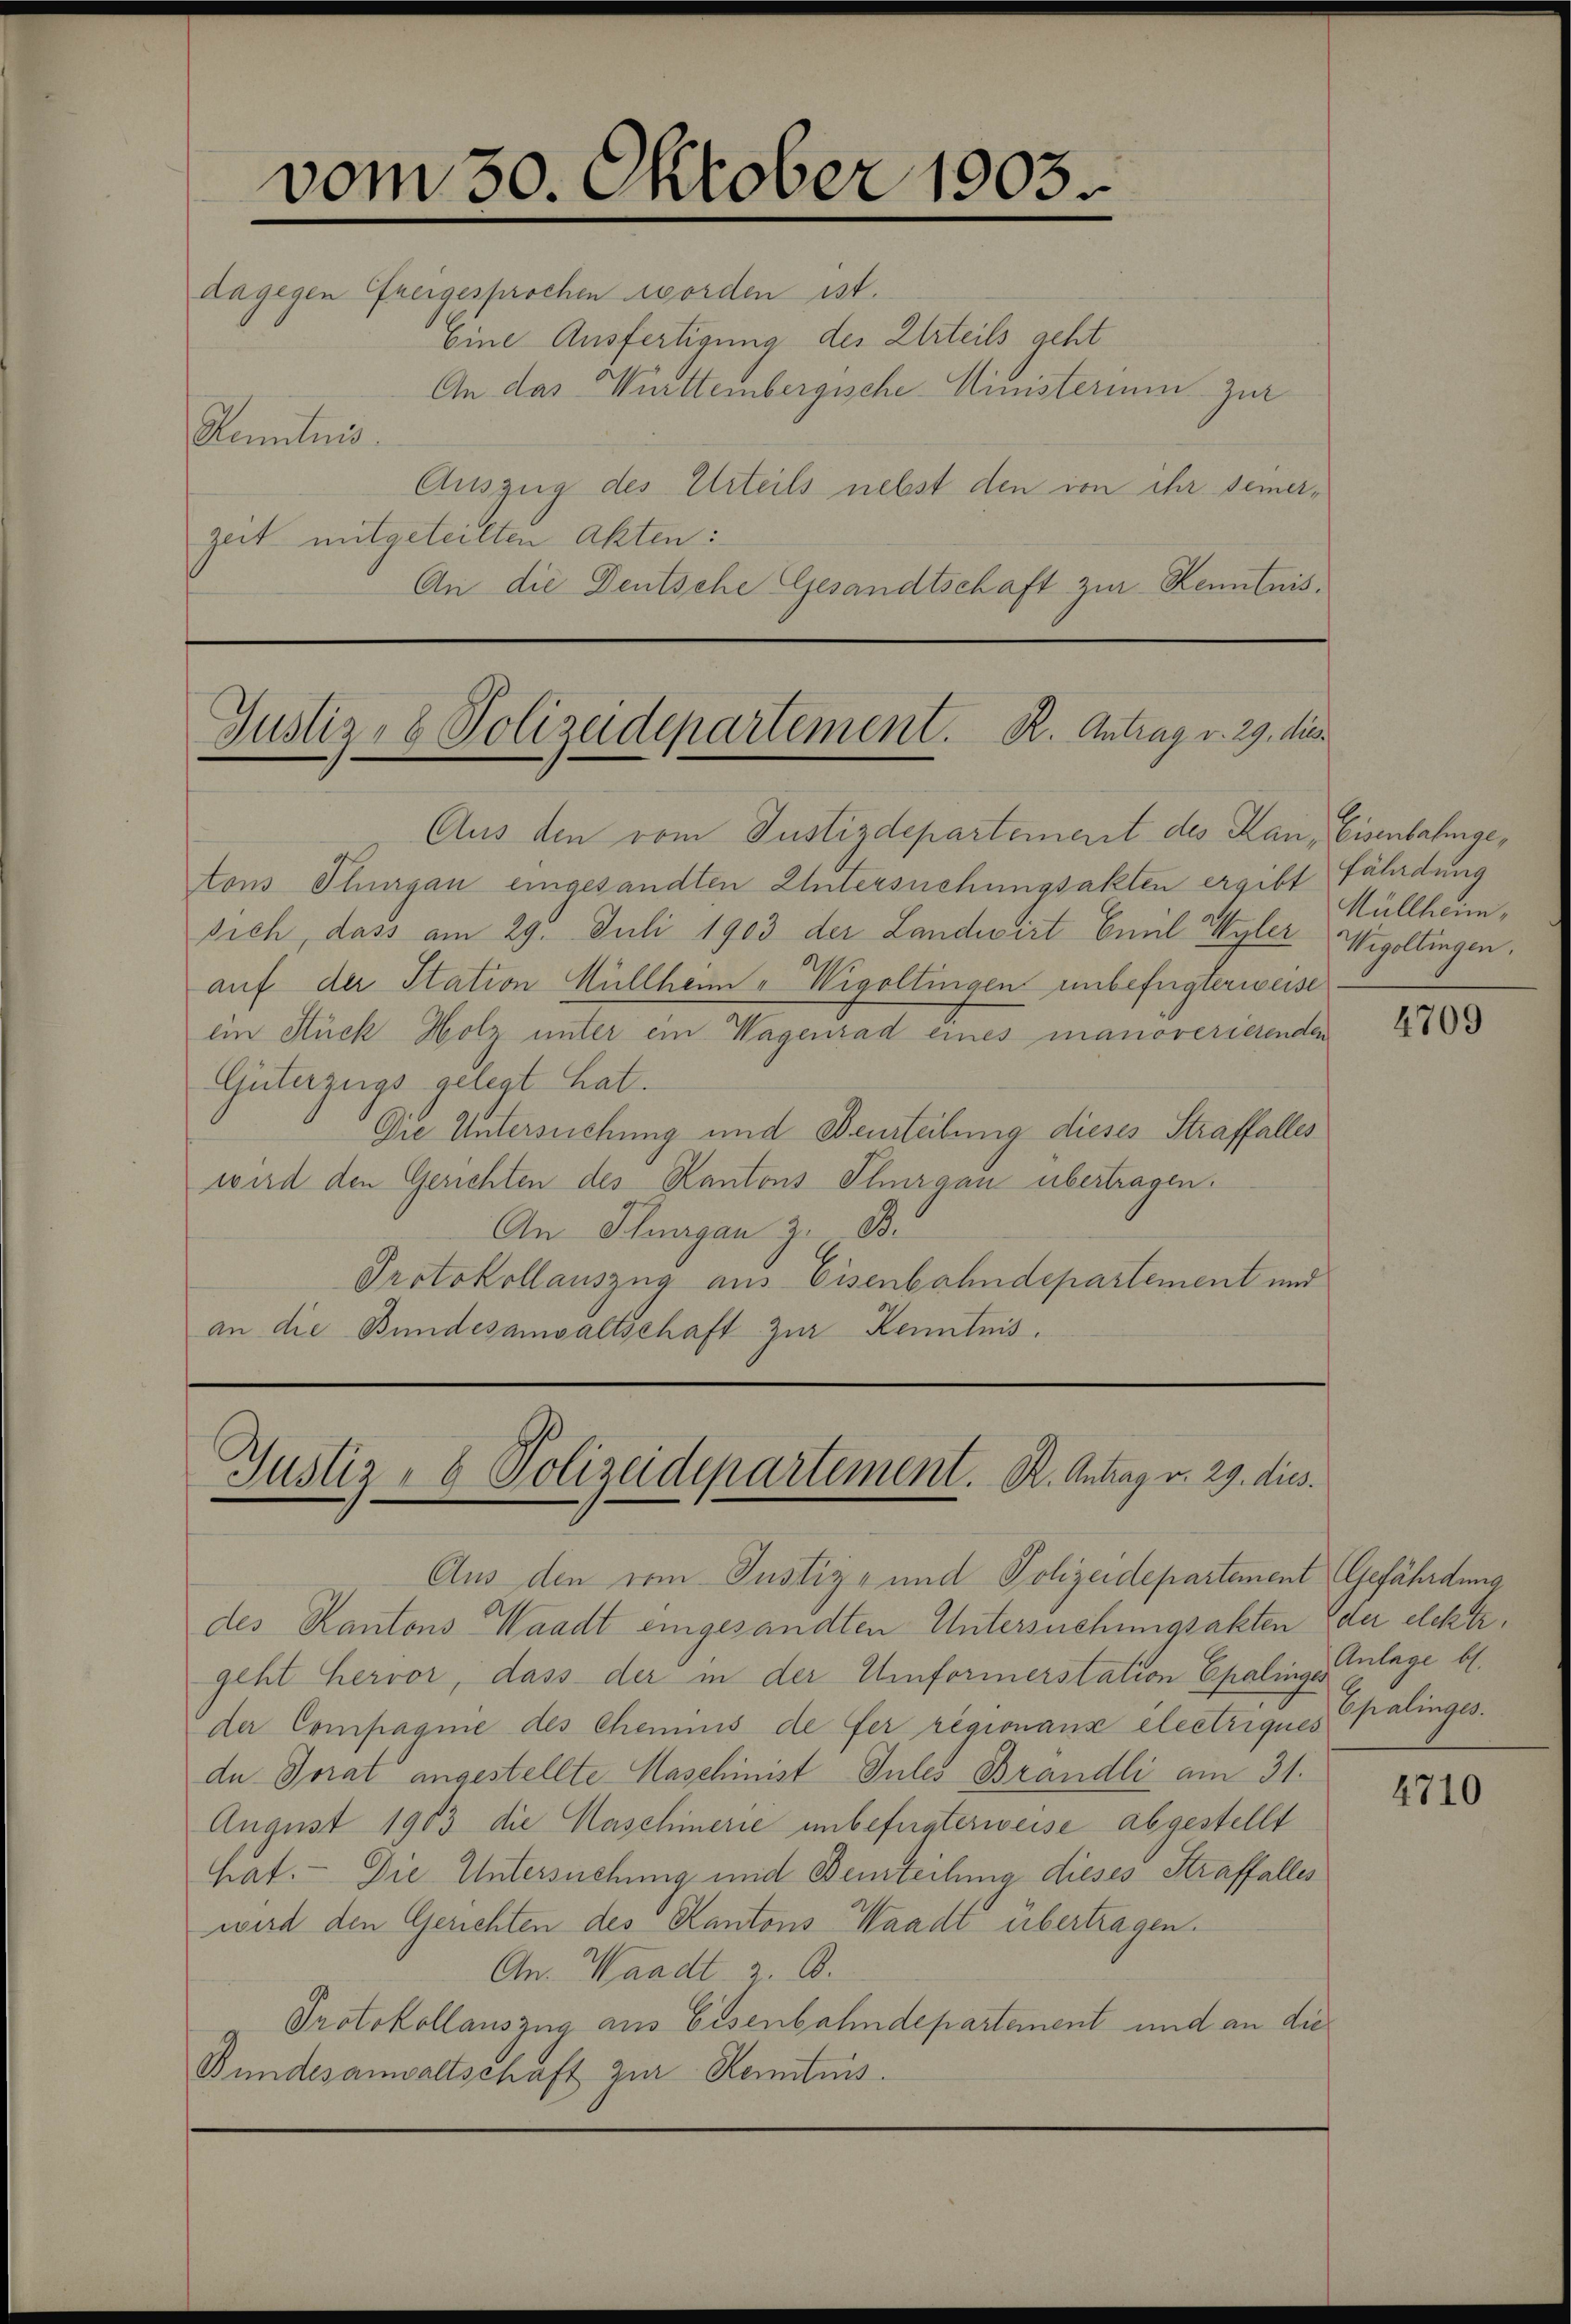
vom 30. Oktober 1803
dagegen freigesprochen worden ist.
Eine Ausfertigung des Urteils geht

Justiz- & Polizeidepartement. K. Antrag v. 29. dies

An das Württembergische Ministerium zur
Kenntnis.
Auszug des Urteils nebst den von ihr seiner¬
Zeit mitgeteilten Akten:
An die Deutsche Gesandtschaft zur Kenntnis¬

Aus den vom Justizdepartement des Kan, Eisenbahngetons Thurgau eingesandten Untersuchungsakten ergibt
sich, dass am 29. Juli 1903 der Landwirt Emil Wyler Wigoltingen.
auf der Station Müllheim „Wigoltingen unbefugterweise
ein Stück Holz unter ein Wagenrad eines manoverierenden
Güterzugs gelegt hat.
Die Untersuchung und Beurteilung dieses Straffalles
wird den Gerichten des Kantons Thurgau übertragen.
An Heurgau zu Br
Protokollauszug aus Eisenbahndepartement und
an die Bundesanwaltschaft zur Kenntnis.

Justiz- & Polizeidepartement. K. Antrag v. 29. dies

Aus den vom Justiz- und Polizeidepartement Gefährdung
des Kantons Waadt eingesandten Untersuchungsakten der elektr.
geht hervor, dass der in der Unformerstation Epalingeklage bl.
der Compagnie des Chemins de fer regionanz electriques
de Torat angestellte Maschinist Jules Brändli am 31.
August 1903 die Maschinerie unbefugterweise abgestellt
hat. Die Untersuchung und Beurteilung dieses Straffalles
wird den Gerichten des Kantons Waadt übertragen.
On. Waadt z. B.
Protokollauszug aus Eisenbahndepartement und an die¬
Bundesanwaltschaft zur Kenntnis.

fährdung
Müllheim¬

4709

Epalinges.

4710